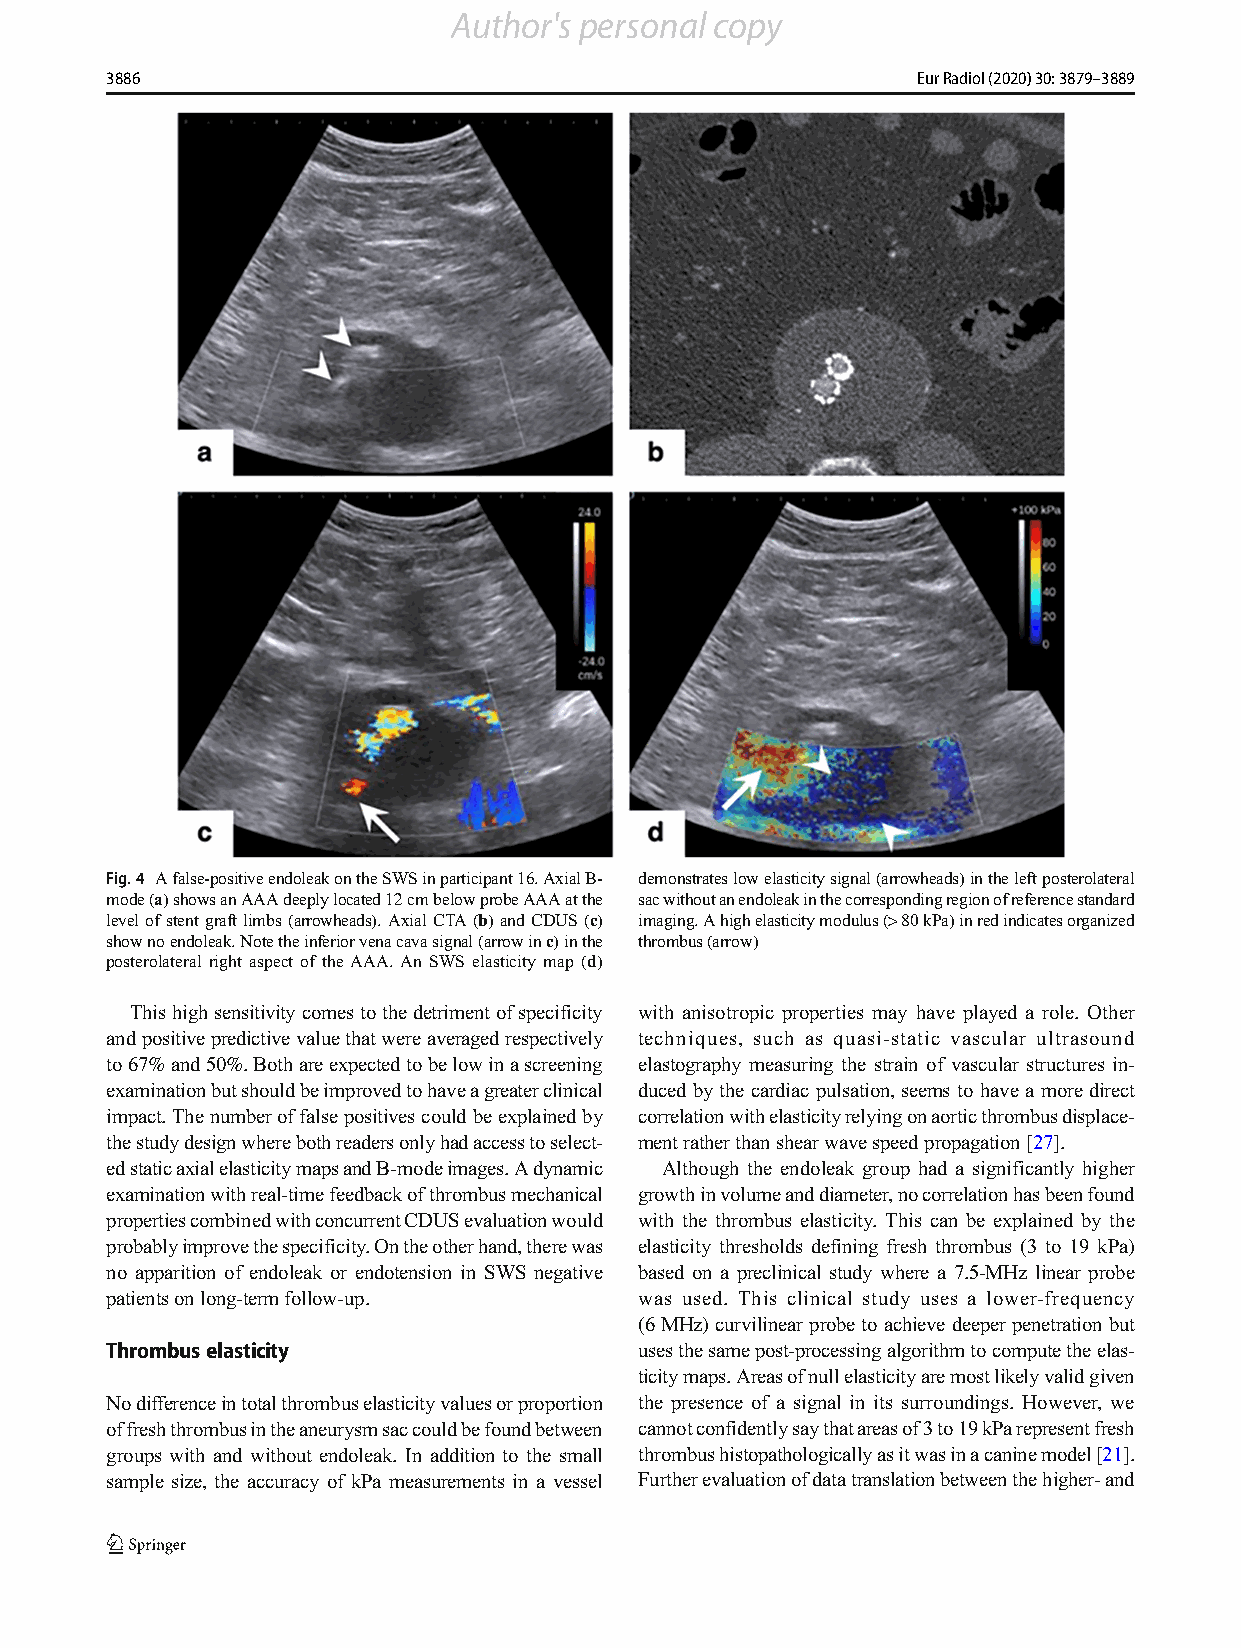
Author's personal copy
 3886                                                  Eur Radiol (2020) 30: 3879–3889
 Fig.4 Afalse-positiveendoleakontheSWSinparticipant16.AxialB- demonstrateslowelasticitysignal(arrowheads)intheleftposterolateral
 mode(a)showsanAAAdeeplylocated12cmbelowprobeAAAatthe sacwithoutanendoleakinthecorrespondingregionofreferencestandard
 level ofstent graft limbs (arrowheads).Axial CTA (b) andCDUS(c) imaging.Ahighelasticitymodulus(>80kPa)inredindicatesorganized
 shownoendoleak.Notetheinferiorvenacavasignal(arrowinc)inthe thrombus(arrow)
 posterolateral right aspect of the AAA. An SWS elasticity map (d)
 Thishighsensitivitycomestothedetrimentofspecificity with anisotropic properties may have played a role. Other
 andpositivepredictivevaluethatwereaveragedrespectively techniques, such as quasi-static vascular ultrasound
 to67%and50%.Bothareexpectedtobelowinascreening elastography measuring the strain of vascular structures in-
 examinationbutshouldbeimprovedtohaveagreaterclinical duced by the cardiac pulsation, seems to have a more direct
 impact.Thenumberoffalsepositivescouldbeexplainedby correlationwithelasticityrelyingonaorticthrombusdisplace-
 thestudydesignwherebothreadersonlyhadaccesstoselect- mentratherthanshearwavespeedpropagation[27].
 edstaticaxialelasticitymapsandB-modeimages.Adynamic Although the endoleak group had a significantly higher
 examinationwithreal-timefeedbackofthrombusmechanical growthinvolumeanddiameter,nocorrelationhasbeenfound
 propertiescombinedwithconcurrentCDUSevaluationwould with the thrombus elasticity. This can be explained by the
 probablyimprovethespecificity.Ontheotherhand,therewas elasticity thresholds defining fresh thrombus (3 to 19 kPa)
 no apparition of endoleak or endotension in SWS negative based on a preclinical study where a 7.5-MHz linear probe
 patientsonlong-termfollow-up.      was used. This clinical study uses a lower-frequency
 (6MHz)curvilinear probe toachieve deeperpenetration but
 Thrombuselasticity                 usesthesamepost-processingalgorithmtocomputetheelas-
 ticitymaps.Areasofnullelasticityaremostlikelyvalidgiven
 Nodifferenceintotalthrombuselasticityvaluesorproportion the presence of a signal in its surroundings. However, we
 offreshthrombusintheaneurysmsaccouldbefoundbetween cannotconfidentlysaythatareasof3to19kParepresentfresh
 groups with and without endoleak. In addition to the small thrombushistopathologicallyasitwasinacaninemodel[21].
 sample size, the accuracy of kPa measurements in a vessel Furtherevaluationofdatatranslationbetweenthehigher-and